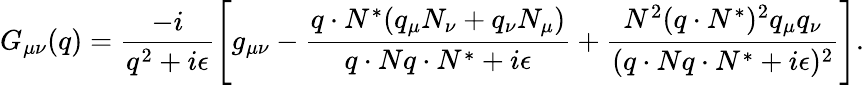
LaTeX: G_{\mu\nu}(q)=\frac{-i}{q^{2}+i\epsilon}\left[g_{\mu\nu}-\frac{q\cdot N^{\ast}(q_{\mu}N_{\nu}+q_{\nu}N_{\mu})}{q\cdot Nq\cdot N^{\ast}+i\epsilon}+\frac{N^{2}(q\cdot N^{\ast})^{2}q_{\mu}q_{\nu}}{(q\cdot Nq\cdot N^{\ast}+i\epsilon)^{2}}\right].